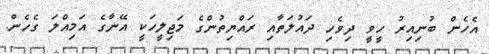
އެހެން ބުނިއިރު ހީވީ ދިވެހި ދައުލަތާއި ރައްޔިތުންގެ މަޖިލީހަކީ އޭނާގެ އަމިއްލަ ގެހެން.